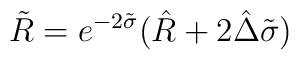
\tilde R = e^{-2\tilde\sigma}(\hat R + 2 \hat\Delta\tilde\sigma)